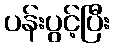
ပန်းပွင့်ပြီး